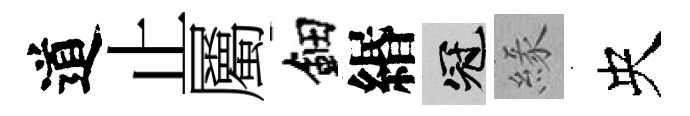
道止屬鈿緡冠緣央